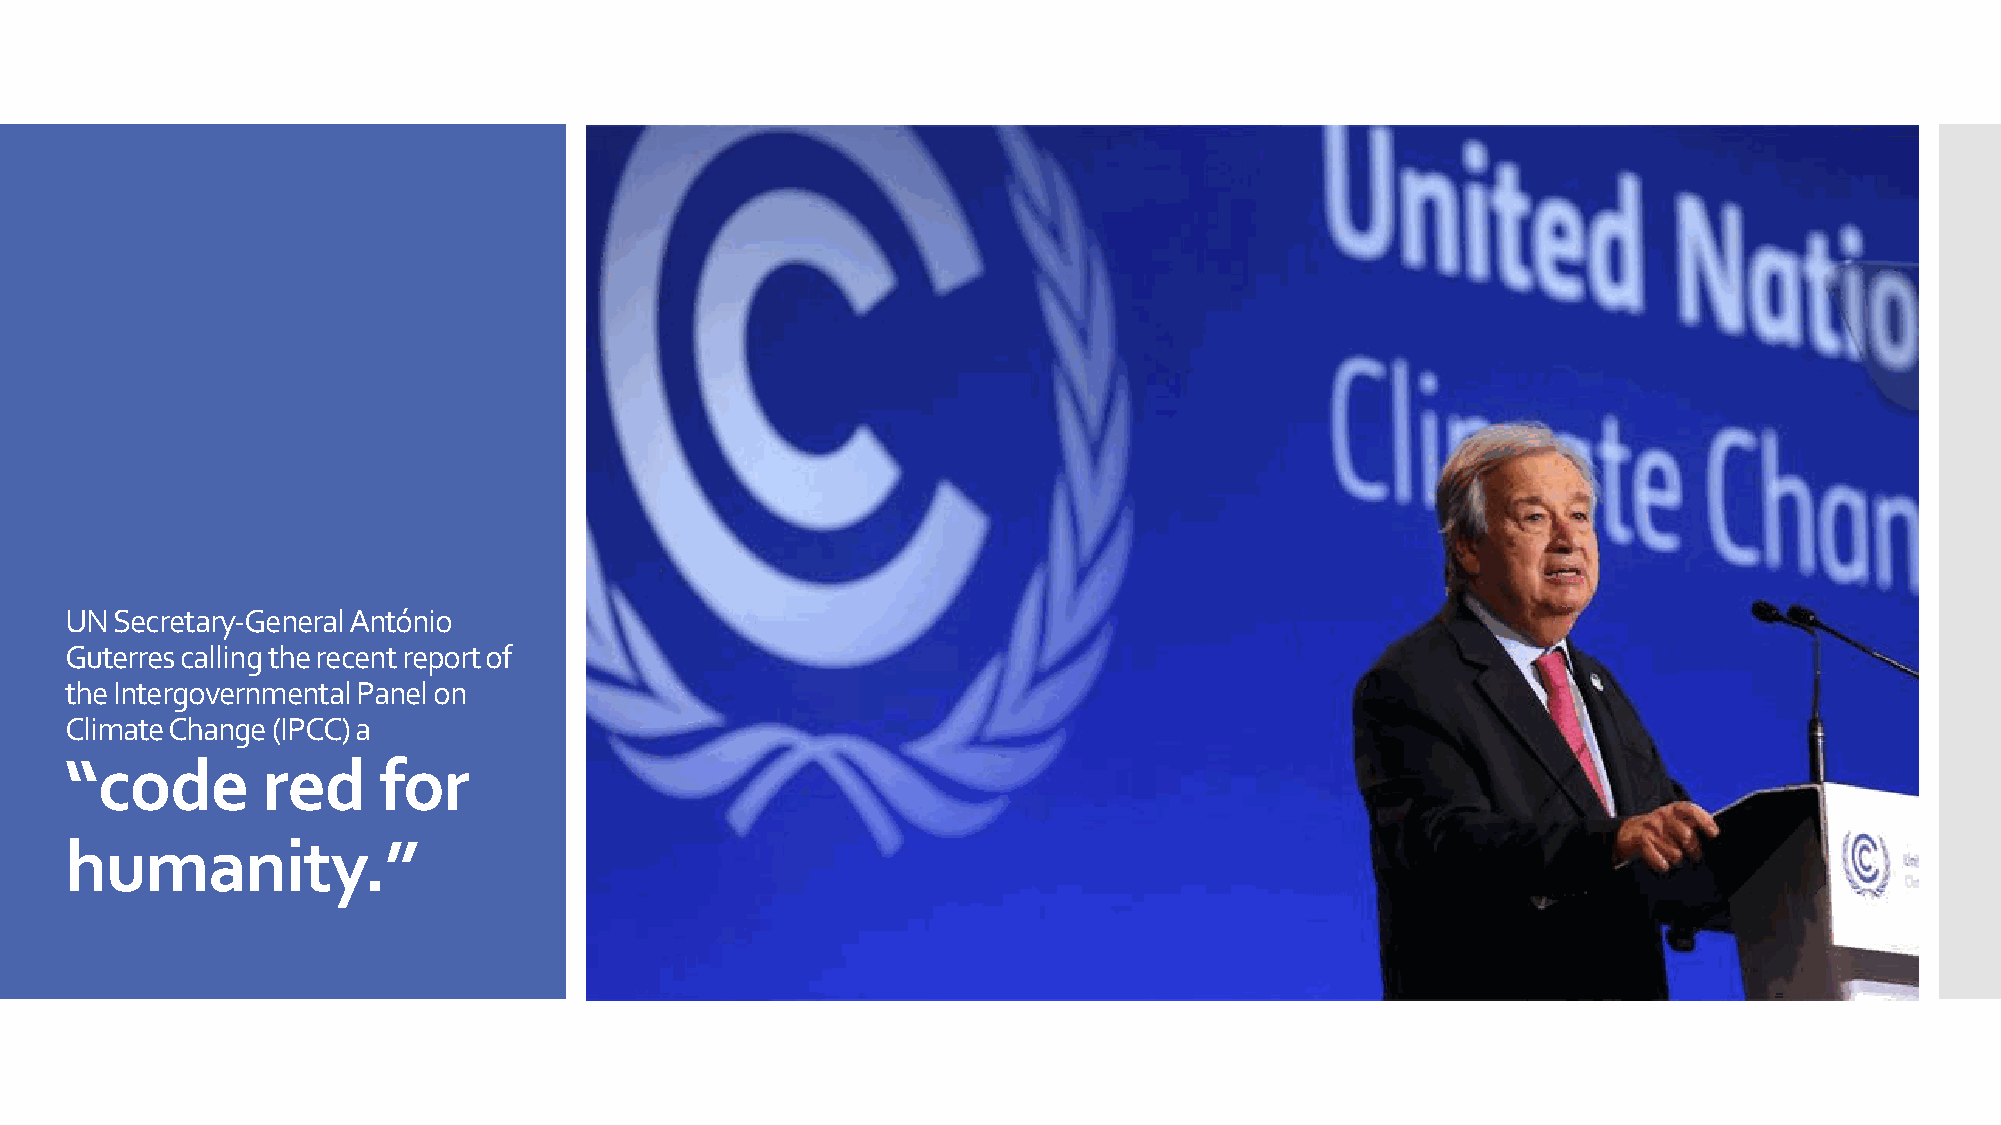
UN Secretary-General António
 Guterres calling the recent report of
 the Intergovernmental Panel on
 Climate Change (IPCC) a
 “code        red     for
 humanity.”